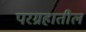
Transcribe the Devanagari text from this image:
परग्रहातील